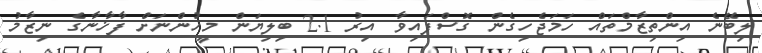
ލިބޭނެ އިންތިޒާމްތައް ހަމަޖެހިގެން ގޮސްފައިވާ އިރު 2.1 ބިލިޔަން މީހުންނަށް ފާޚާނާގެ ނިޒާމު